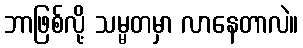
ဘာဖြစ်လို့ သမ္မတမှာ လာနေတာလဲ။